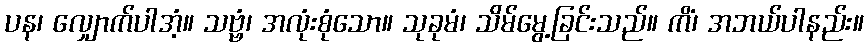
ပန၊ လျှောက်ပါအံ့။ သဗ္ဗံ၊ အလုံးစုံသော။ သုခုမံ၊ သိမ်မွေ့ခြင်းသည်။ ကိံ၊ အဘယ်ပါနည်း။